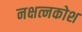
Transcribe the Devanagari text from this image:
नक्षत्नकोश